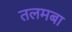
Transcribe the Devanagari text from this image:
तलमबा